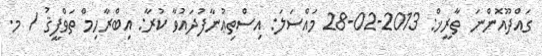
ގައްދޫއޮންނަ ތާރީޚް: 2013-02-28 މައްސަލަ: އިސްތިޢުނާފުދައުވާ ކުރާ: އިބްރާހިމް ތަވްފީޤު / މ.